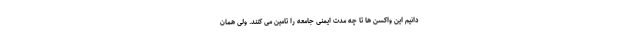
دانیم این واکسن ها تا چه مدت ایمنی جامعه را تامین می کنند. ولی همان